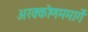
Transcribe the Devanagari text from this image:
अरक्कोणममार्गे